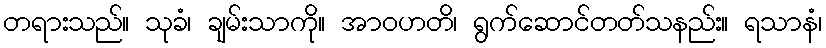
တရားသည်။ သုခံ၊ ချမ်းသာကို။ အာဝဟတိ၊ ရွက်ဆောင်တတ်သနည်း။ ရသာနံ၊